Annual report of the Bengal Veterinary College and of the Civil Veterinary Department, Bengal, for the year 1899-1900 - 1899-1900
Year: 1899
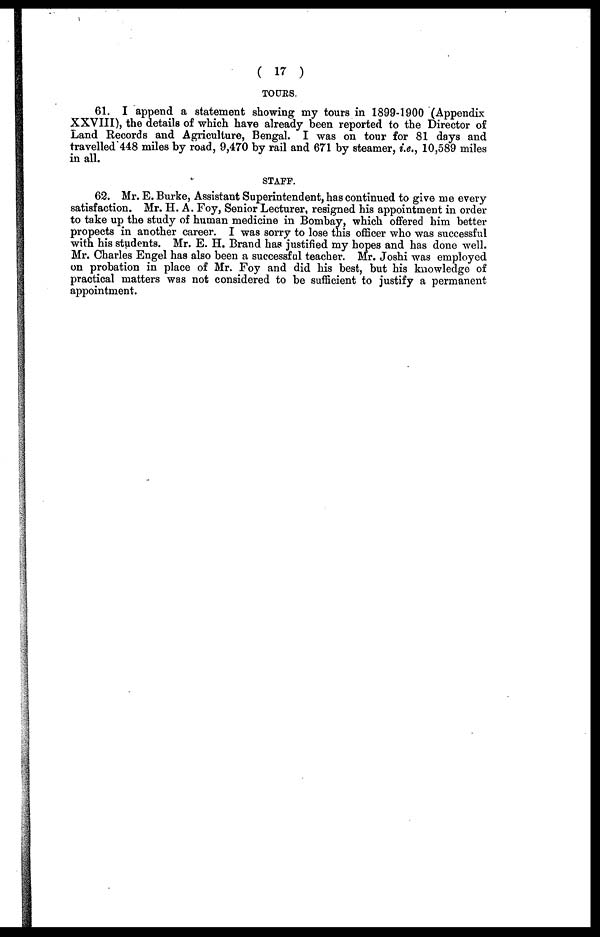
( 17 )
TOURS.
61. I append a statement showing my tours in 1899-1900 (Appendix
XXVIII), the details of which have already been reported to the Director of
Land Records and Agriculture, Bengal. I was on tour for 81 days and
travelled 448 miles by road, 9,470 by rail and 671 by steamer, i.e., 10,589 miles
in all.
STAFF.
62. Mr. E. Burke, Assistant Superintendent, has continued to give me every
satisfaction. Mr. H. A. Foy, Senior Lecturer, resigned his appointment in order
to take up the study of human medicine in Bombay, which offered him better
propects in another career. I was sorry to lose this officer who was successful
with his students. Mr. E. H. Brand has justified my hopes and has done well.
Mr. Charles Engel has also been a successful teacher. Mr. Joshi was employed
on probation in place of Mr. Foy and did his best, but his knowledge of
practical matters was not considered to be sufficient to justify a permanent
appointment.